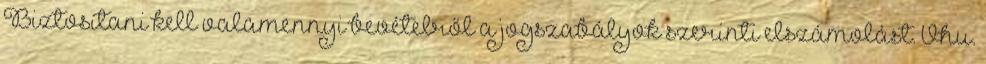
Biztosítani kell valamennyi bevételről a jogszabályok szerinti elszámolást. Vhu.